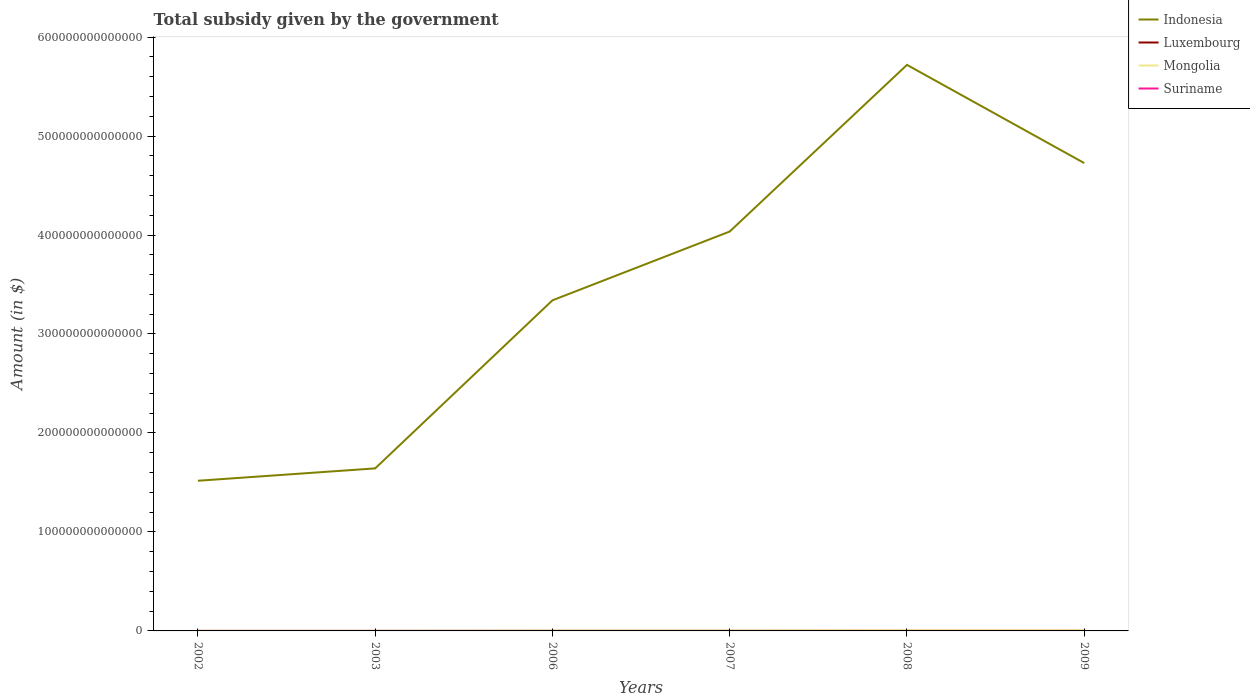
| Years | Indonesia | Luxembourg | Mongolia | Suriname |
 | --- | --- | --- | --- | --- |
 | 2002 | 1.52e+14 | 5.64e+09 | 1.75e+11 | 1.62e+08 |
 | 2003 | 1.64e+14 | 6.17e+09 | 1.38e+11 | 1.98e+08 |
 | 2006 | 3.34e+14 | 8.23e+09 | 4.41e+11 | 3.39e+08 |
 | 2007 | 4.04e+14 | 8.66e+09 | 4.19e+11 | 3.92e+08 |
 | 2008 | 5.72e+14 | 9.41e+09 | 6.67e+11 | 4.36e+08 |
 | 2009 | 4.73e+14 | 1.03e+10 | 7.77e+11 | 5e+08 |